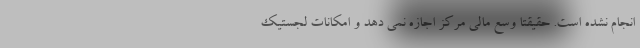
انجام نشده است. حقیقتا وسع مالی مرکز اجازه نمی دهد و امکانات لجستیک